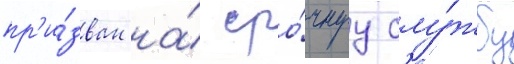
пр'и́зван на́ сро́чнуу слу́жбу